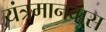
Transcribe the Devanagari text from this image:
यंत्रमानवास